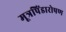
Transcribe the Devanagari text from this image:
मूत्रपिंडारोपण